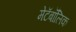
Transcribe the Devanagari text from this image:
मेटॅबॉलिक